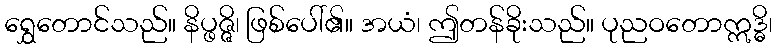
ရွှေတောင်သည်။ နိပ္ဖဇ္ဇိ၊ ဖြစ်ပေါ်၏။ အယံ၊ ဤတန်ခိုးသည်။ ပုညဝတောဣဒ္ဓိ၊